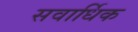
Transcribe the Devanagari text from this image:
सवार्धिक